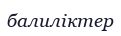
балиліктер